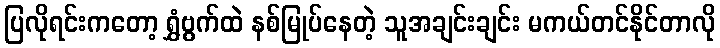
ပြလိုရင်းကတော့ ရွှံဗွက်ထဲ နစ်မြုပ်နေတဲ့ သူအချင်းချင်း မကယ်တင်နိုင်တာလို